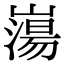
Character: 𡼍